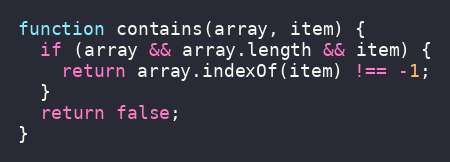
Language: JavaScript
function contains(array, item) {
  if (array && array.length && item) {
    return array.indexOf(item) !== -1;
  }
  return false;
}